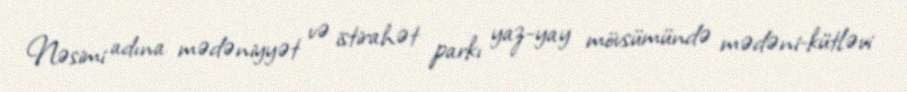
Nəsimi adına mədəniyyət və istirahət parkı yaz-yay mövsümündə mədəni-kütləvi